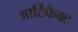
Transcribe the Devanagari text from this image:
आर्टिफैक्ट